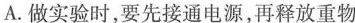
A.做实验时，要先接通电源，再释放重物